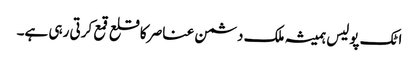
اٹک پولیس ہمیشہ ملک دشمن عناصر کا قلع قمع کرتی رہی ہے۔